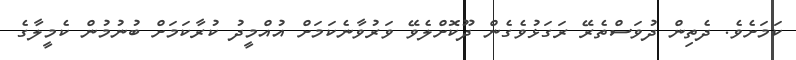
ކަމަށެވެ. ދެތިން ދުވަސްތެރޭ ރަގަޅުވެގެން ދޫކޮށްލެވޭ ވަރުވާނެކަމަށް އުއްމީދު ކުރާކަމަށް ބުނުމުން ކެމީލާގެ